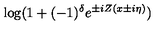
\log ( 1 + ( - 1 ) ^ { \delta } e ^ { \pm i Z ( x \pm i \eta ) } )